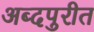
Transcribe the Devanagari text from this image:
अब्दपुरीत